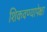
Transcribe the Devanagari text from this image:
शिकवण्यापेक्षा